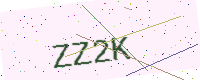
Text: ZZ2K